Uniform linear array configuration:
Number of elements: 64
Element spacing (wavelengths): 1
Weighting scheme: blackman
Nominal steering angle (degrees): -30
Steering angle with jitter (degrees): -30.722
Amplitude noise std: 0.05
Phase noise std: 0.05

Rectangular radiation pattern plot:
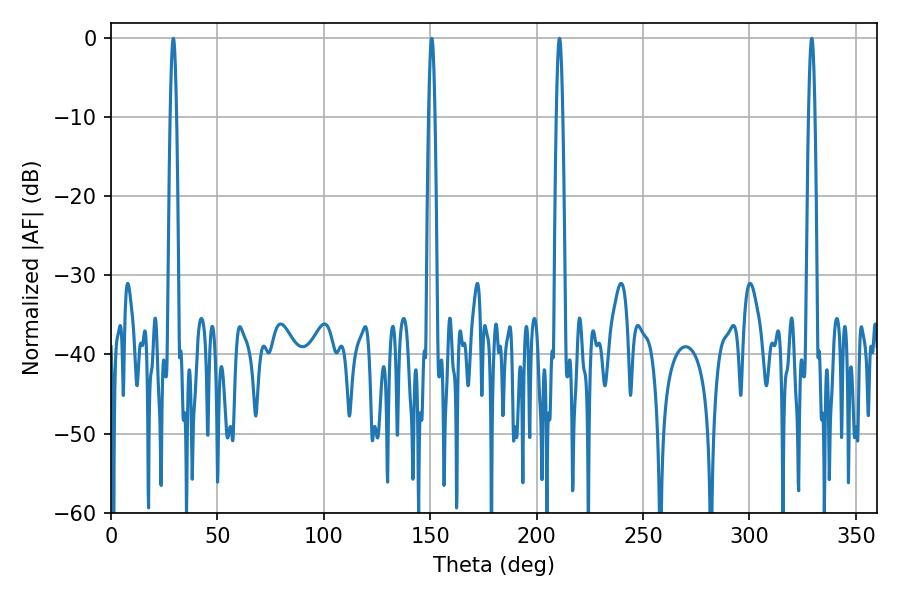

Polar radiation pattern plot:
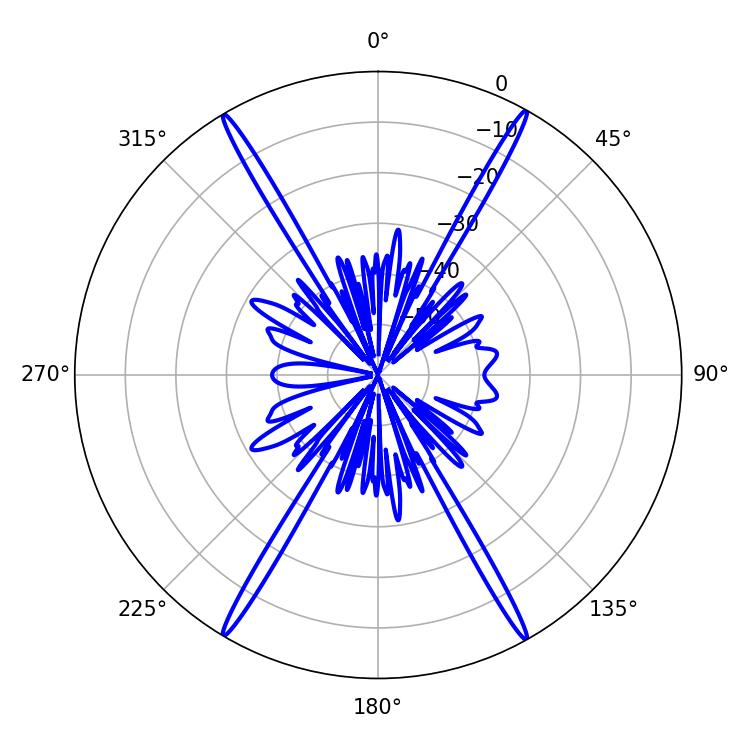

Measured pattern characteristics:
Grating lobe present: TRUE
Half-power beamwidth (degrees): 1.62
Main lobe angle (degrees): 329.22